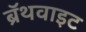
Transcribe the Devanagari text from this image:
ब्रॅथवाइट